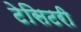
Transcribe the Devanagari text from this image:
टेसिटरी